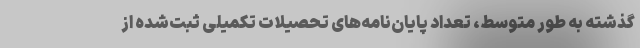
گذشته به طور متوسط، تعداد پایان‌نامه‌های تحصیلات تکمیلی ثبت‌شده از